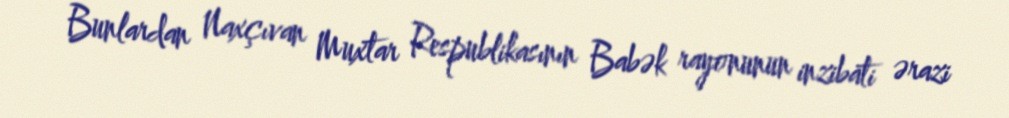
Bunlardan Naxçıvan Muxtar Respublikasının Babək rayonunun inzibati ərazi